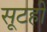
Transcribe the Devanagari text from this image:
सूटही